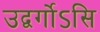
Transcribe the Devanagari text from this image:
उद्वर्गोऽसि